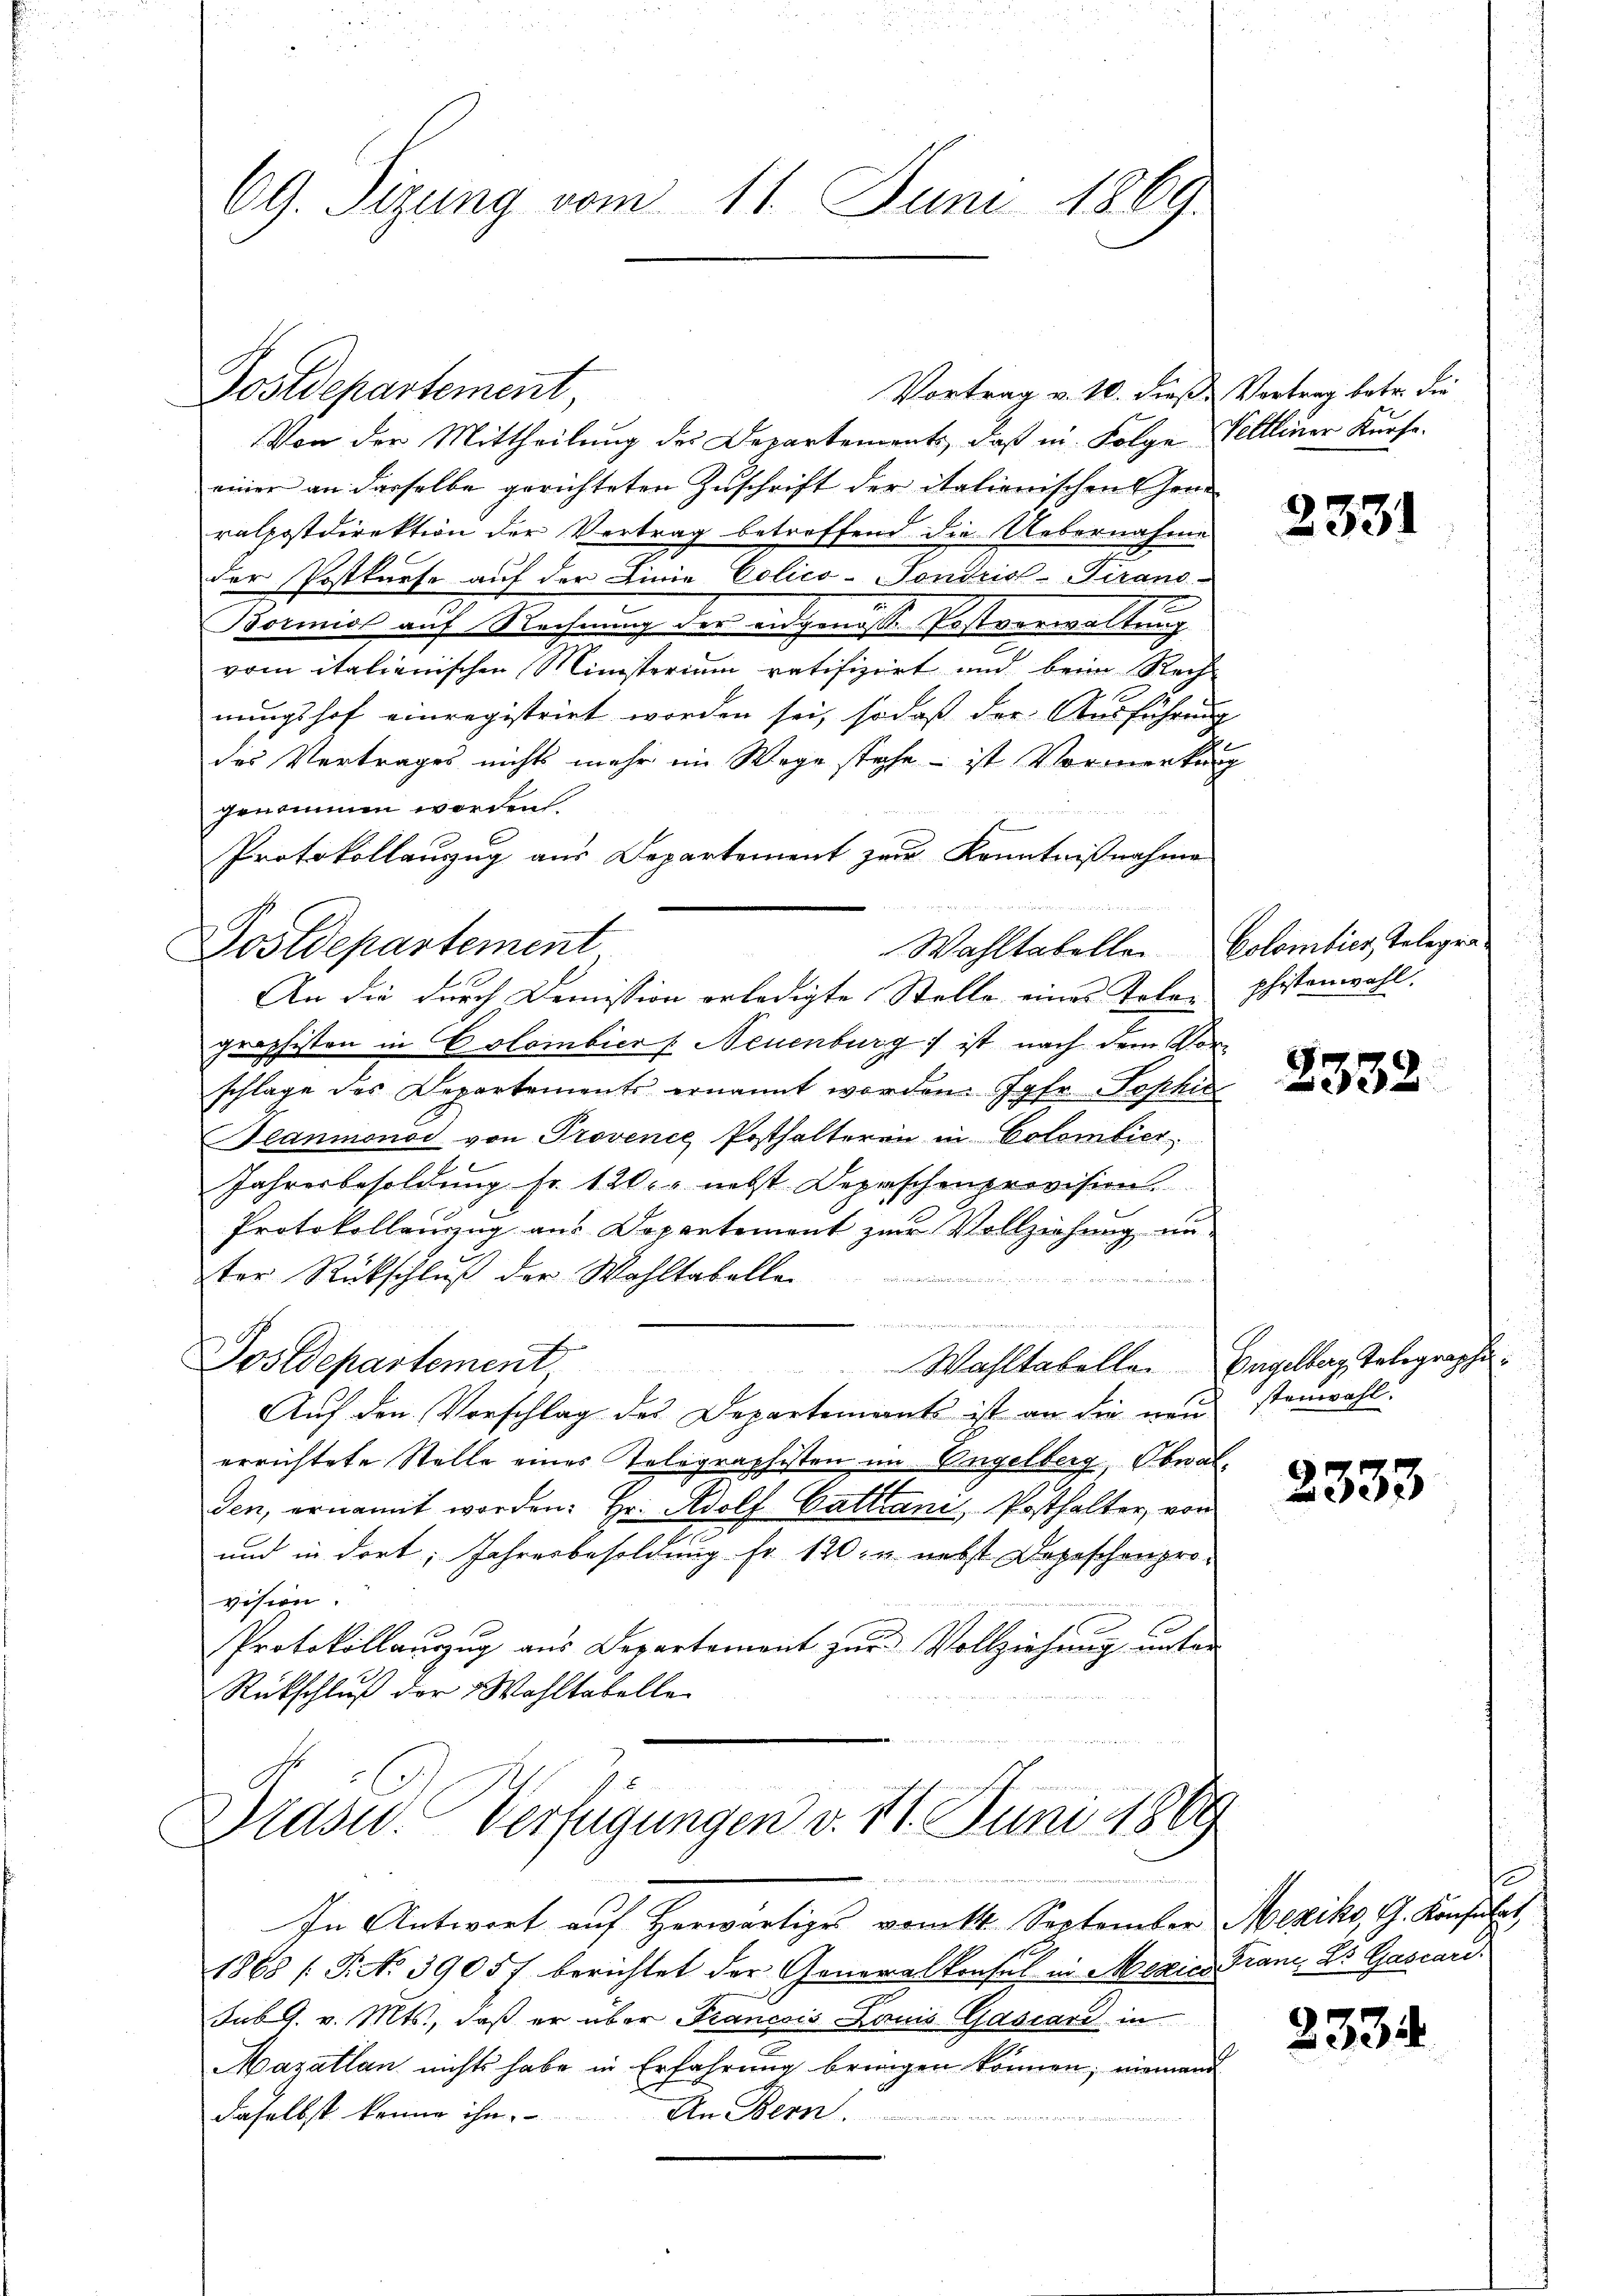
69. Sizung vom 11. Juni 1869.

Postdepartement,
Vortrag v. 10. dieß Vortrag betr. die
Von der Mittheilung des Departements, daß in Folge Veltliner Kurse.
einer an derselbe gerichteten Zuschrift der italienischen Hone
ralhostdirektion der Vertrag betreffend die Uebernahme
der Postkurse auf der Linie Colico-Pondris-Trans-
Bormiss auf Rechnung der angenösse Postverwaltung
vom italienischen Ministerium ratifizirt und beim Rech
nungshof einregistrirt worden sei, so daß der Ausführung
des Vertrages nicht mehr im Wege stehe - ist Vormerkung
genommen worden.
Protokollauszug aus Departement zur Kenntnißnahme
Wahltabellen Colombier Gelegen
Postdepartement
An die durch Demission erledigte Stelle eines Toler phistenwahl
graphisten in Colombier Neuenburg ist nach dem Vorschlage des Departements ernannt worden. Jahr. Sophis
Slanmonoc von Provenie Posthalteren in Colombier
Jahresbesoldung fr. 120. nebst Depeschenprovision.
Protokollauszug aus Departement zur Vollziehung un
ter Rückschluß der Wohltabellen

Postdepartement, Wahltabelle. Bagelbar Telegraphi
Auf den Vorschlag des Departements ist an die neu stenwahl.
errichtete Stelle eines Telegraphisten im Engelberg, Obwalden, ernannt worden: Hr. Adolf Cattani, Posthalter, von
und in dort, Jahresbesoldung fr. 120, u. nebst Depeschenprovision.
Protokollauszug aus Departement zur Vollziehung unter
Rückschluß der Wohltabelle

Drasu. Verfügungen v. 11. Juni 1889

In Antwort auf Herwärtiges vom 14. September Meziko, G. Konsuls,
1868 (T. No 3905f berichtet der Generalkonsul in Mexie Tran, L. Gascari
Subg. v. Mts., daß er über Francois Lauis Gasiard in
Mazatlan nichts habe in Erfahrung bringen können; niemand
An Bern
daselbst könne ihn.

s

2331

2332

2333

233.